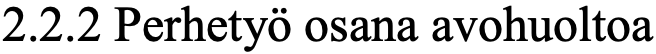
2.2.2 Perhetyö osana avohuoltoa